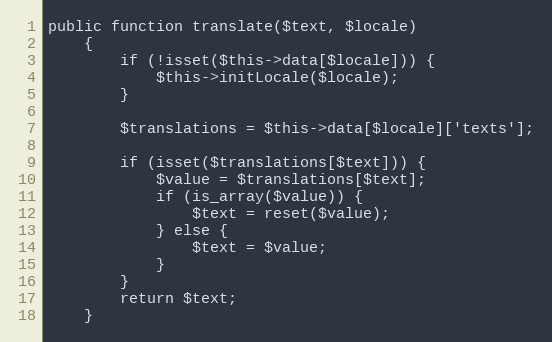
Language: PHP
public function translate($text, $locale)
    {
        if (!isset($this->data[$locale])) {
            $this->initLocale($locale);
        }

        $translations = $this->data[$locale]['texts'];

        if (isset($translations[$text])) {
            $value = $translations[$text];
            if (is_array($value)) {
                $text = reset($value);
            } else {
                $text = $value;
            }
        }
        return $text;
    }